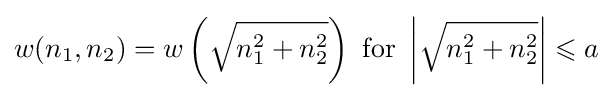
w(n_{1},n_{2})=w\left({\sqrt {n_{1}^{2}+n_{2}^{2}}}\right){\text{ for }}\left|{\sqrt {n_{1}^{2}+n_{2}^{2}}}\right|\leqslant a